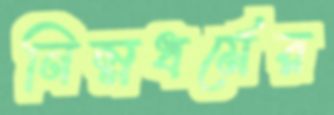
নিম্নধর্মের